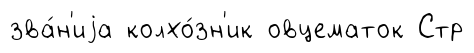
зва́н'иjа колхо́зн'ик овцематок Стр